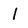
Character: I